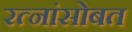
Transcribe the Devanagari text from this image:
रत्नांसोबत